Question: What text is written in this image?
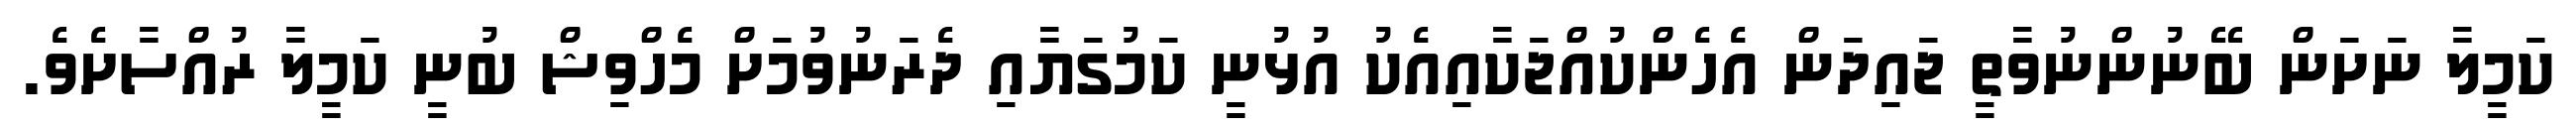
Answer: ކަމީލާ ނަށަން ބޭނުންނުވާތީ ޖައިދަން އެހެންކުއްޖަކާއިއެކު އުޅުނީ ކަމުގަޔާއި ދެރަނުވުމަށް މެހްވިޝް ބުނީ ކަމީލާ ރުއްސާށެވެ.